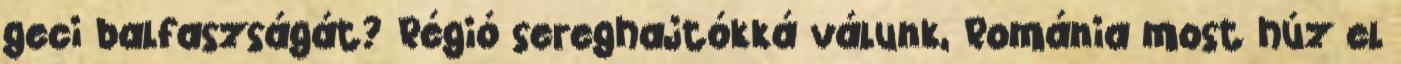
geci balfaszságát? Régió sereghajtókká válunk, Románia most húz el